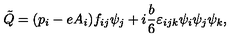
\tilde { Q } = ( p _ { i } - e A _ { i } ) f _ { i j } \psi _ { j } + i { \frac { b } { 6 } } \varepsilon _ { i j k } \psi _ { i } \psi _ { j } \psi _ { k } ,